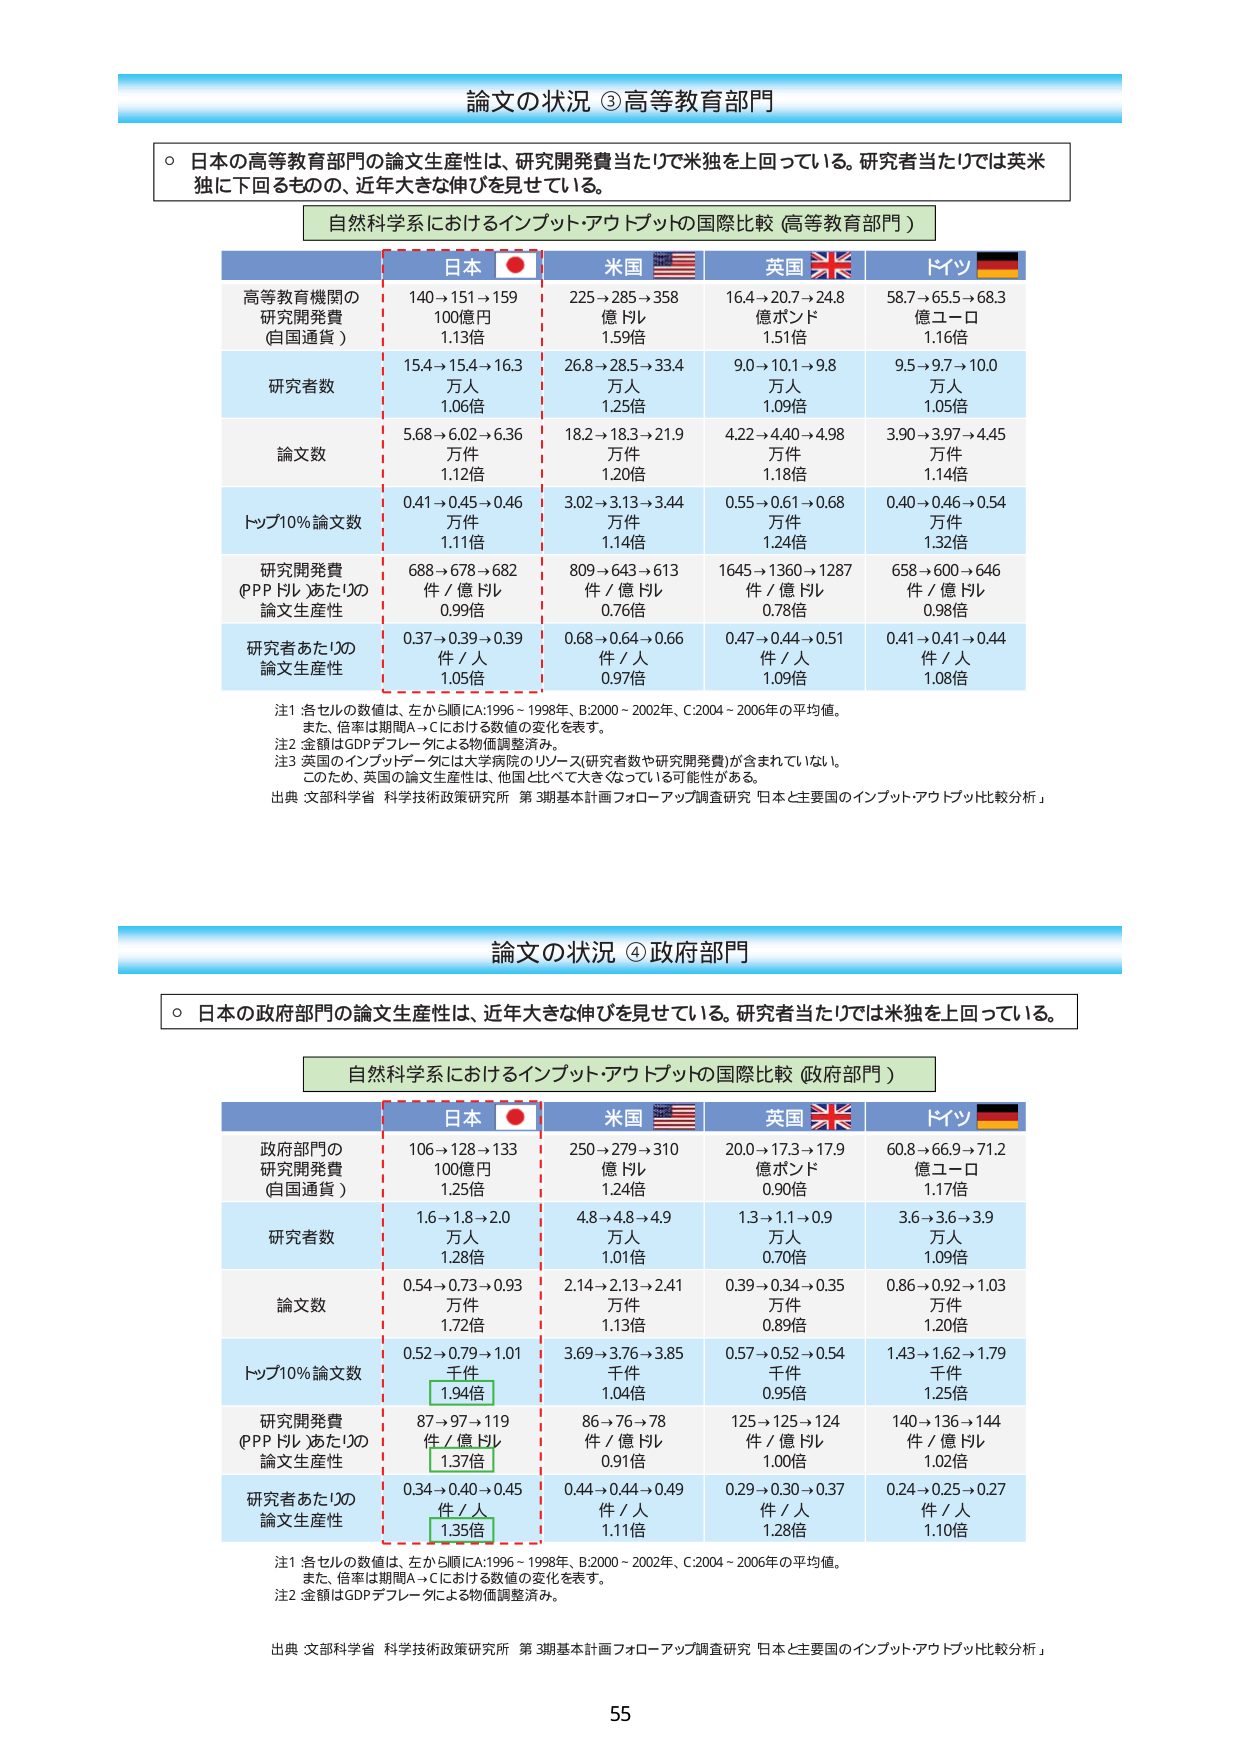
論文の状況 ③高等教育部門

○ 日本の高等教育部門の論文生産性は、研究開発費当たりで米独を上回っている。研究者当たりでは英米独に下回るもの、近年大きな伸びを見せている。

自然科学系におけるインプット・アウトプットの国際比較（高等教育部門）

日本 🇯🇵 米国 🇺🇸 英国 🇬🇧 ドイツ 🇩🇪

高等教育機関の研究開発費（自国通貨）
140→151→159 億円 1.13倍
225→285→358 億ドル 1.59倍
16.4→20.7→24.8 億ポンド 1.51倍
58.7→65.5→68.3 億ユーロ 1.16倍

研究者数
15.4→15.4→16.3 万人 1.06倍
26.8→28.5→33.4 万人 1.25倍
9.0→10.1→9.8 万人 1.09倍
9.5→9.7→10.0 万人 1.05倍

論文数
5.68→6.02→6.36 万件 1.12倍
18.2→18.3→21.9 万件 1.20倍
4.22→4.40→4.98 万件 1.18倍
3.90→3.97→4.45 万件 1.14倍

トップ10%論文数
0.41→0.45→0.46 万件 1.11倍
3.02→3.13→3.44 万件 1.14倍
0.55→0.61→0.68 万件 1.24倍
0.40→0.46→0.54 万件 1.32倍

研究開発費（PPPドル）あたりの論文生産性
688→678→682 件／億ドル 0.99倍
809→643→613 件／億ドル 0.76倍
1645→1360→1287 件／億ドル 0.78倍
658→600→646 件／億ドル 0.98倍

研究者あたりの論文生産性
0.37→0.39→0.39 件／人 1.05倍
0.68→0.64→0.66 件／人 0.97倍
0.47→0.44→0.51 件／人 1.09倍
0.41→0.41→0.44 件／人 1.08倍

注1：各セルの数値は、左から順にA:1996～1998年、B:2000～2002年、C:2004～2006年の平均値。また、倍率は期間A→Cにおける数値の変化を表す。
注2：金額はGDPデフレータによる物価調整済み。
注3：英国のインプットデータには大学病院のリソース（研究者数や研究開発費）が含まれていない。このため、英国の論文生産性は、他国と比べて大きくなっている可能性がある。
出典：文部科学省 科学技術政策研究所 第3期基本計画フォローアップ調査研究「日本と主要国のインプット・アウトプット比較分析」

論文の状況 ④ 政府部門

○ 日本の政府部門の論文生産性は、近年大きな伸びを見せている。研究者当たりでは米独を上回っている。

自然科学系におけるインプット・アウトプットの国際比較（政府部門）

日本 🇯🇵 米国 🇺🇸 英国 🇬🇧 ドイツ 🇩🇪

政府部門の研究開発費（自国通貨）
106→128→133 億円 1.25倍
250→279→310 億ドル 1.24倍
20.0→17.3→17.9 億ポンド 0.90倍
60.8→66.9→71.2 億ユーロ 1.17倍

研究者数
1.6→1.8→2.0 万人 1.28倍
4.8→4.8→4.9 万人 1.01倍
1.3→1.1→0.9 万人 0.70倍
3.6→3.6→3.9 万人 1.09倍

論文数
0.54→0.73→0.93 万件 1.72倍
2.14→2.13→2.41 万件 1.13倍
0.39→0.34→0.35 万件 0.89倍
0.86→0.92→1.03 万件 1.20倍

トップ10%論文数
0.52→0.79→1.01 千件 1.94倍
3.69→3.76→3.85 千件 1.04倍
0.57→0.52→0.54 千件 0.95倍
1.43→1.62→1.79 千件 1.25倍

研究開発費（PPPドル）あたりの論文生産性
87→97→119 件／億ドル 1.37倍
86→76→78 件／億ドル 0.91倍
125→125→124 件／億ドル 1.00倍
140→136→144 件／億ドル 1.02倍

研究者あたりの論文生産性
0.34→0.40→0.45 件／人 1.35倍
0.44→0.44→0.49 件／人 1.11倍
0.29→0.30→0.37 件／人 1.28倍
0.24→0.25→0.27 件／人 1.10倍

注1：各セルの数値は、左から順にA:1996～1998年、B:2000～2002年、C:2004～2006年の平均値。また、倍率は期間A→Cにおける数値の変化を表す。
注2：金額はGDPデフレータによる物価調整済み。
出典：文部科学省 科学技術政策研究所 第3期基本計画フォローアップ調査研究「日本と主要国のインプット・アウトプット比較分析」

55